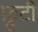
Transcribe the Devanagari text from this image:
फ़्रूटी